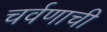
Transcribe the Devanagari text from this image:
चर्वणाची